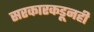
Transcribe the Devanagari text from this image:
सरकारकडूनही